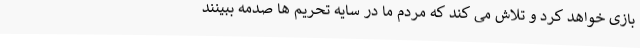
بازی خواهد کرد و تلاش می‌ کند که مردم ما در سایه تحریم‌ ها صدمه ببینند